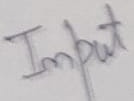
Text: Input